Scottish Leaving Certificate Examination, 1955
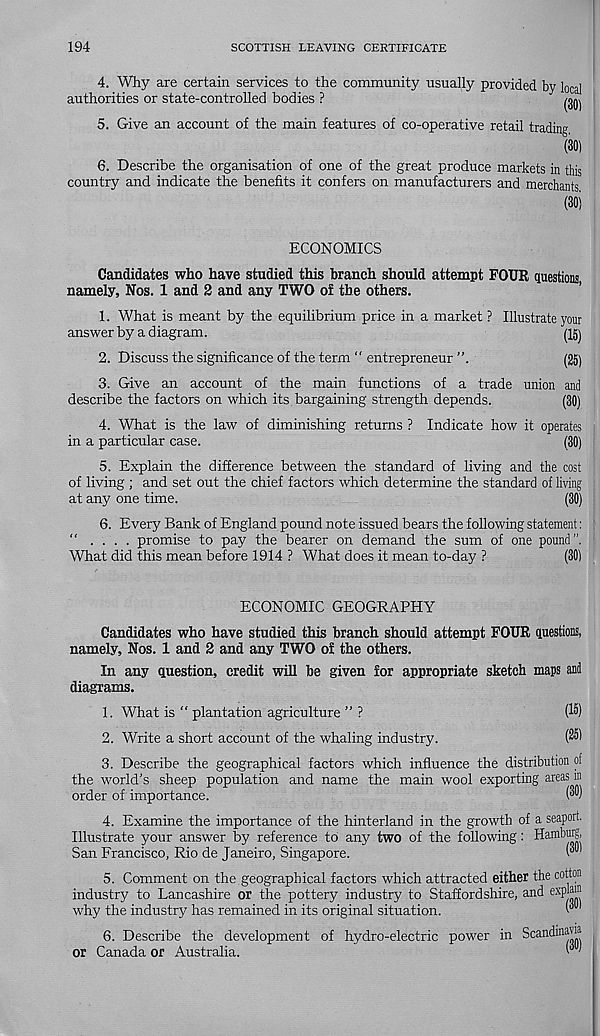
194
SCOTTISH LEAVING CERTIFICATE
4. Why are certain services to the community usually provided by local
authorities or state-controlled bodies ?
^
5. Give an account of the main features of co-operative retail trading
(30)
6. Describe the organisation of one of the great produce markets in this
country and indicate the benefits it confers on manufacturers and merchants
(30j
ECONOMICS
Candidates who have studied this branch should attempt POUR questions,
namely. Nos. 1 and 2 and any TWO of the others.
1. What is meant by the equilibrium price in a market ? Illustrate your
answer by a d iagram.
(15)
2. Discuss the significance of the term " entrepreneur ”.
(25)
3. Give an account of the main functions of a trade union and
describe the factors on which its bargaining strength depends.
(30)
4. What is the law of diminishing returns ? Indicate how it operates
in a particular case.
(30)
5. Explain the difference between the standard of living and the cost
of living ; and set out the chief factors which determine the standard of living
at any one time.
(30)
6. Every Bank of England pound note issued bears the following statement:
“ .... promise to pay the bearer on demand the sum of one pound”.
What did this mean before 1914 ? What does it mean to-day ?
(30)
ECONOMIC GEOGRAPHY
Candidates who have studied this branch should attempt FOUR questions,
namely. Nos. 1 and 2 and any TWO of the others.
In any question, credit will be given for appropriate sketch maps and
diagrams.
1. What is “ plantation agriculture ” ?
(15)
2. Write a short account of the whaling industry.
(®
3. Describe the geographical factors which influence the distribution of
the world's sheep population and name the main wool exporting areas in
order of importance.
(““J
4. Examine the importance of the hinterland in the growth of a seaport.
Illustrate your answer by reference to any two of the following: Hamburg,
San Francisco, Rio de Janeiro, Singapore.
(^
5. Comment on the geographical factors which attracted either the cotton
industry to Lancashire or the pottery industry to Staffordshire, and ex P™
why the industry has remained in its original situation.
(“ u
6. Describe the development of hydro-electric power in Scandinavia
or Canada or Australia.
'